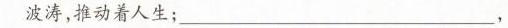
绘着人生；如果说生命是一条长河，那么时间则是涌动的